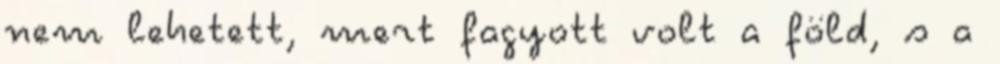
nem lehetett, mert fagyott volt a föld, s a